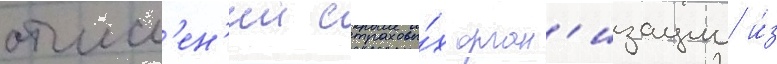
отчисл'ен'ии страховы́х орган'изации и́з